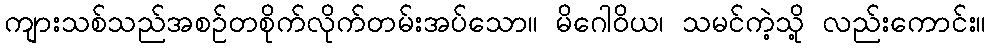
ကျားသစ်သည်အစဉ်တစိုက်လိုက်တမ်းအပ်သော။ မိဂေါဝိယ၊ သမင်ကဲ့သို့ လည်းကောင်း။